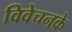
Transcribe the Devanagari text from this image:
विवेचनके